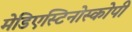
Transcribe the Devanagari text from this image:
मेडिएस्टिनोस्कोपी